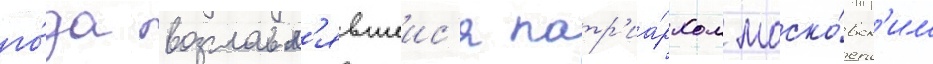
го́да возглавл'явшеис'я патр'иа́рхом моско́вск'им